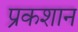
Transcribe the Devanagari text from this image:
प्रकशान